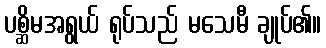
ပစ္ဆိမအရွယ် ရုပ်သည် မသေမီ ချုပ်၏။